Vaccine operations Central Provinces 1868-1885 - 1868-1885
Year: 1868
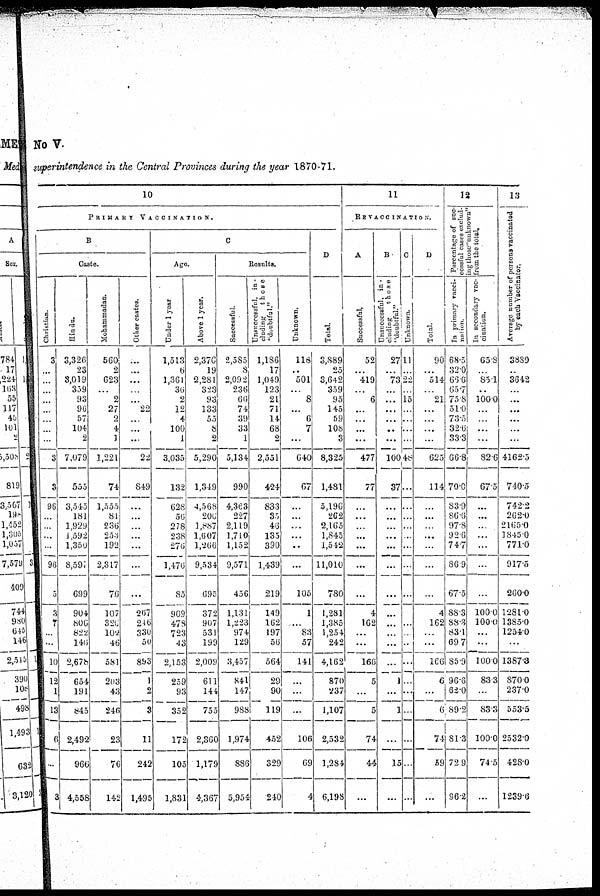
No V.
superintendence in the Central Provinces during the year 1870-71.
10
PRIMARY VACCINATION.
B
Caste.
Christian.
3
...
...
...
...
...
...
...
...
3
3
96
...
...
...
...
96
5
3
7
...
...
10
12
1
13
6
...
3
Hindu.
3,326
23
3,019
359
93
96
57
104
2
7,079
555
3,545
181
1,929
1,592
1,350
8,597
699
904
806
822
146
2,678
654
191
845
2,492
966
4,558
Mohammadan.
560
2
623
...
2
27
2
4
1
1,221
74
1,555
81
236
253
192
2,317
76
107
326
102
46
581
203
43
246
23
76
142
Other castes.
...
...
...
...
...
22
...
...
...
22
849
...
...
...
...
...
...
...
267
246
330
50
893
1
2
3
11
242
1,495
C
Age.
Under 1 year
1,513
6
1,361
36
2
12
4
100
1
3,035
132
628
56
278
238
276
1,476
85
909
478
723
43
2,153
259
93
352
172
105
1,831
Above 1 year.
2,376
19
2,281
323
93
133
55
8
2
5,290
1,349
4,568
206
1,887
1,607
1,266
9,534
695
372
907
531
199
2,009
611
144
755
2,360
1,179
4,367
Results.
Successful.
2,585
8
2,092
236
66
74
39
33
1
5,134
990
4,363
227
2,119
1,710
1,152
9,571
456
1,131
1,223
974
129
3,457
841
147
988
1,974
886
5,954
Unsuccessful, in -
cluding
those
"doubtful."
1,186
17
1,049
123
21
71
14
68
2
2,551
424
833
35
46
135
390
1,439
219
149
162
197
56
564
29
90
119
452
329
240
Unknown.
118
..
501
...
8
...
6
7
...
640
67
...
...
...
...
...
...
105
1
...
83
57
141
...
...
...
106
69
4
D
Total.
3,889
25
3,642
359
95
145
59
108
3
8,325
1,481
5,196
262
2,165
1,845
1,542
11,010
780
1,281
1,385
1,254
242
4,162
870
237
1,107
2,532
1,284
6,198
11
REVACCINATION.
A
Successful.
52
...
419
...
6
...
...
...
...
477
77
...
...
...
...
...
...
...
4
162
...
...
166
5
...
5
74
44
...
B
Unsuccessful, in -
cluding
those
"doubtful."
27
...
73
...
...
...
...
...
...
100
37
...
...
...
...
...
...
...
...
...
...
...
...
1
...
1
...
15
...
C
Unknown.
11
...
22
...
15
...
...
...
...
48
...
...
...
...
...
...
...
...
...
...
.
...
...
...
...
...
...
...
...
D
Total.
90
...
514
...
21
...
...
...
...
625
114
...
...
...
...
...
...
...
4
162
...
...
166
6
...
6
74
59
...
12
Percentage of suc-
cessful cases exclud-
ing those''unknown"
from the total.
In primary vacci-
nation.
68.5
32.0
66.6
65.7
75.8
51.0
73.5
32.6
33.3
66.8
70.0
83.9
86.6
97.8
92.6
74.7
86.9
67.5
88.3
88.3
83.1
69.7
85.9
96.6
62.0
89.2
81.3
72.9
96.2
In secondary vac-
cination.
65.8
...
85.1
..
100.0
...
...
...
...
82.6
67.5
...
...
...
...
...
...
...
100.0
100.0
...
...
100.0
83.3
...
83.3
100.0
74.5
...
13
Average number of persons vaccinated
by each Vaccinator.
3889
..
3642
...
...
...
...
...
...
4162.5
740.5
742.2
262.0
2165.0
1845.0
771.0
917.5
260.0
1281.0
1385.0
1254.0
...
1387.3
870.0
237.0
553.5
2532.0
428.0
1239.6